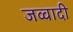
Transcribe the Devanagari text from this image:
जव्वादी